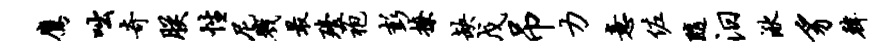
鹰咄奇朕性尼戮最殪袍彭撩缺戊吊力意佐随汨湫豸韩